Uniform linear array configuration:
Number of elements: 48
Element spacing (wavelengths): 0.25
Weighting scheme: kaiser
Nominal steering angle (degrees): -45
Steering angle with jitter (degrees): -43.579
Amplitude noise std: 0.05
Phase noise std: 0.05

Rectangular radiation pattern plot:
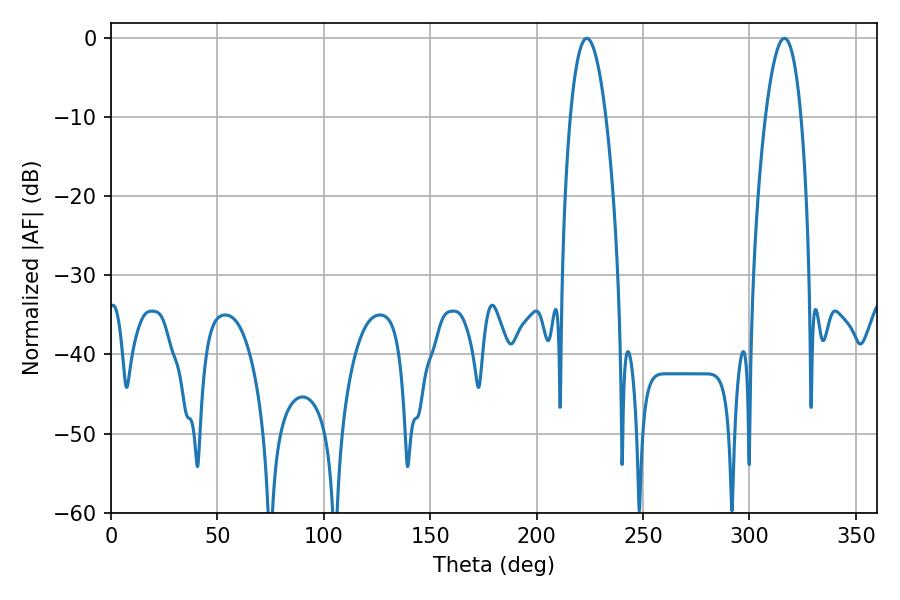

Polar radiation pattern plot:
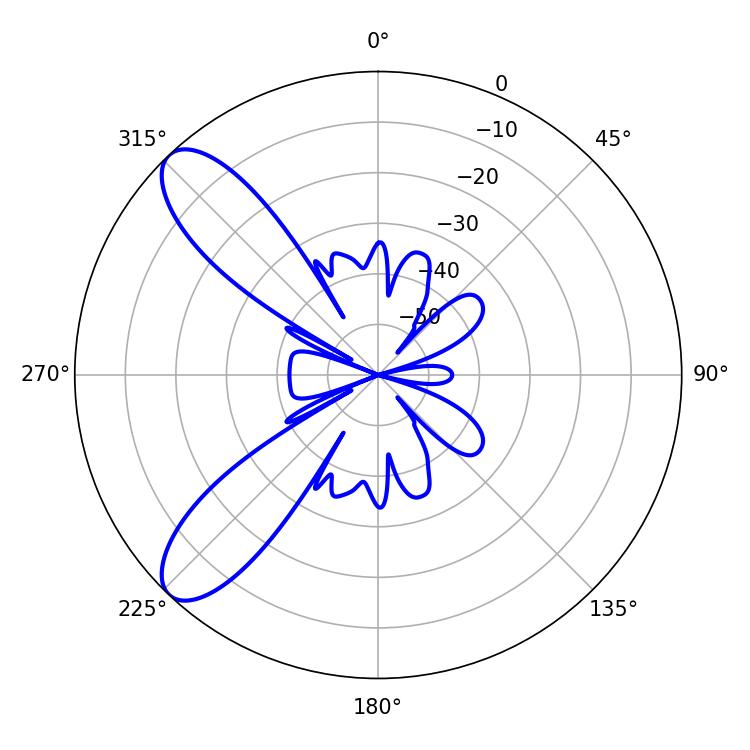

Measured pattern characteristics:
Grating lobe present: FALSE
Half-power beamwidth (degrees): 9.36
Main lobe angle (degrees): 223.56